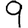
Digit: 9